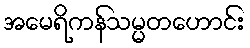
အမေရိကန်သမ္မတဟောင်း